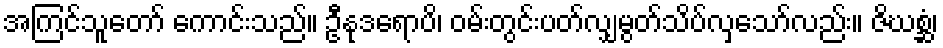
အကြင်သူတော် ကောင်းသည်။ ဦနုဒရောပိ၊ ဝမ်းတွင်းပတ်လျှမွတ်သိပ်လှသော်လည်း။ ဇိဃစ္ဆံ၊